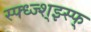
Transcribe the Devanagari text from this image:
स्फ्ध्ज्श्झ्स्फ्